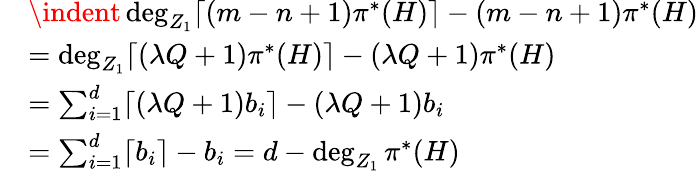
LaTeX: \begin{array}{rl}&{\indent\deg_{Z_{1}}\lceil(m-n+1)\pi^{*}(H)\rceil-(m-n+1)\pi^{*}(H)}\\ &{=\deg_{Z_{1}}\lceil(\lambda Q+1)\pi^{*}(H)\rceil-(\lambda Q+1)\pi^{*}(H)}\\ &{=\sum_{i=1}^{d}\lceil(\lambda Q+1)b_{i}\rceil-(\lambda Q+1)b_{i}}\\ &{=\sum_{i=1}^{d}\lceil b_{i}\rceil-b_{i}=d-\deg_{Z_{1}}\pi^{*}(H)}\end{array}